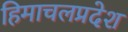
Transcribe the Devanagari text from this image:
हिमाचलप्रदेश